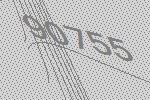
90755